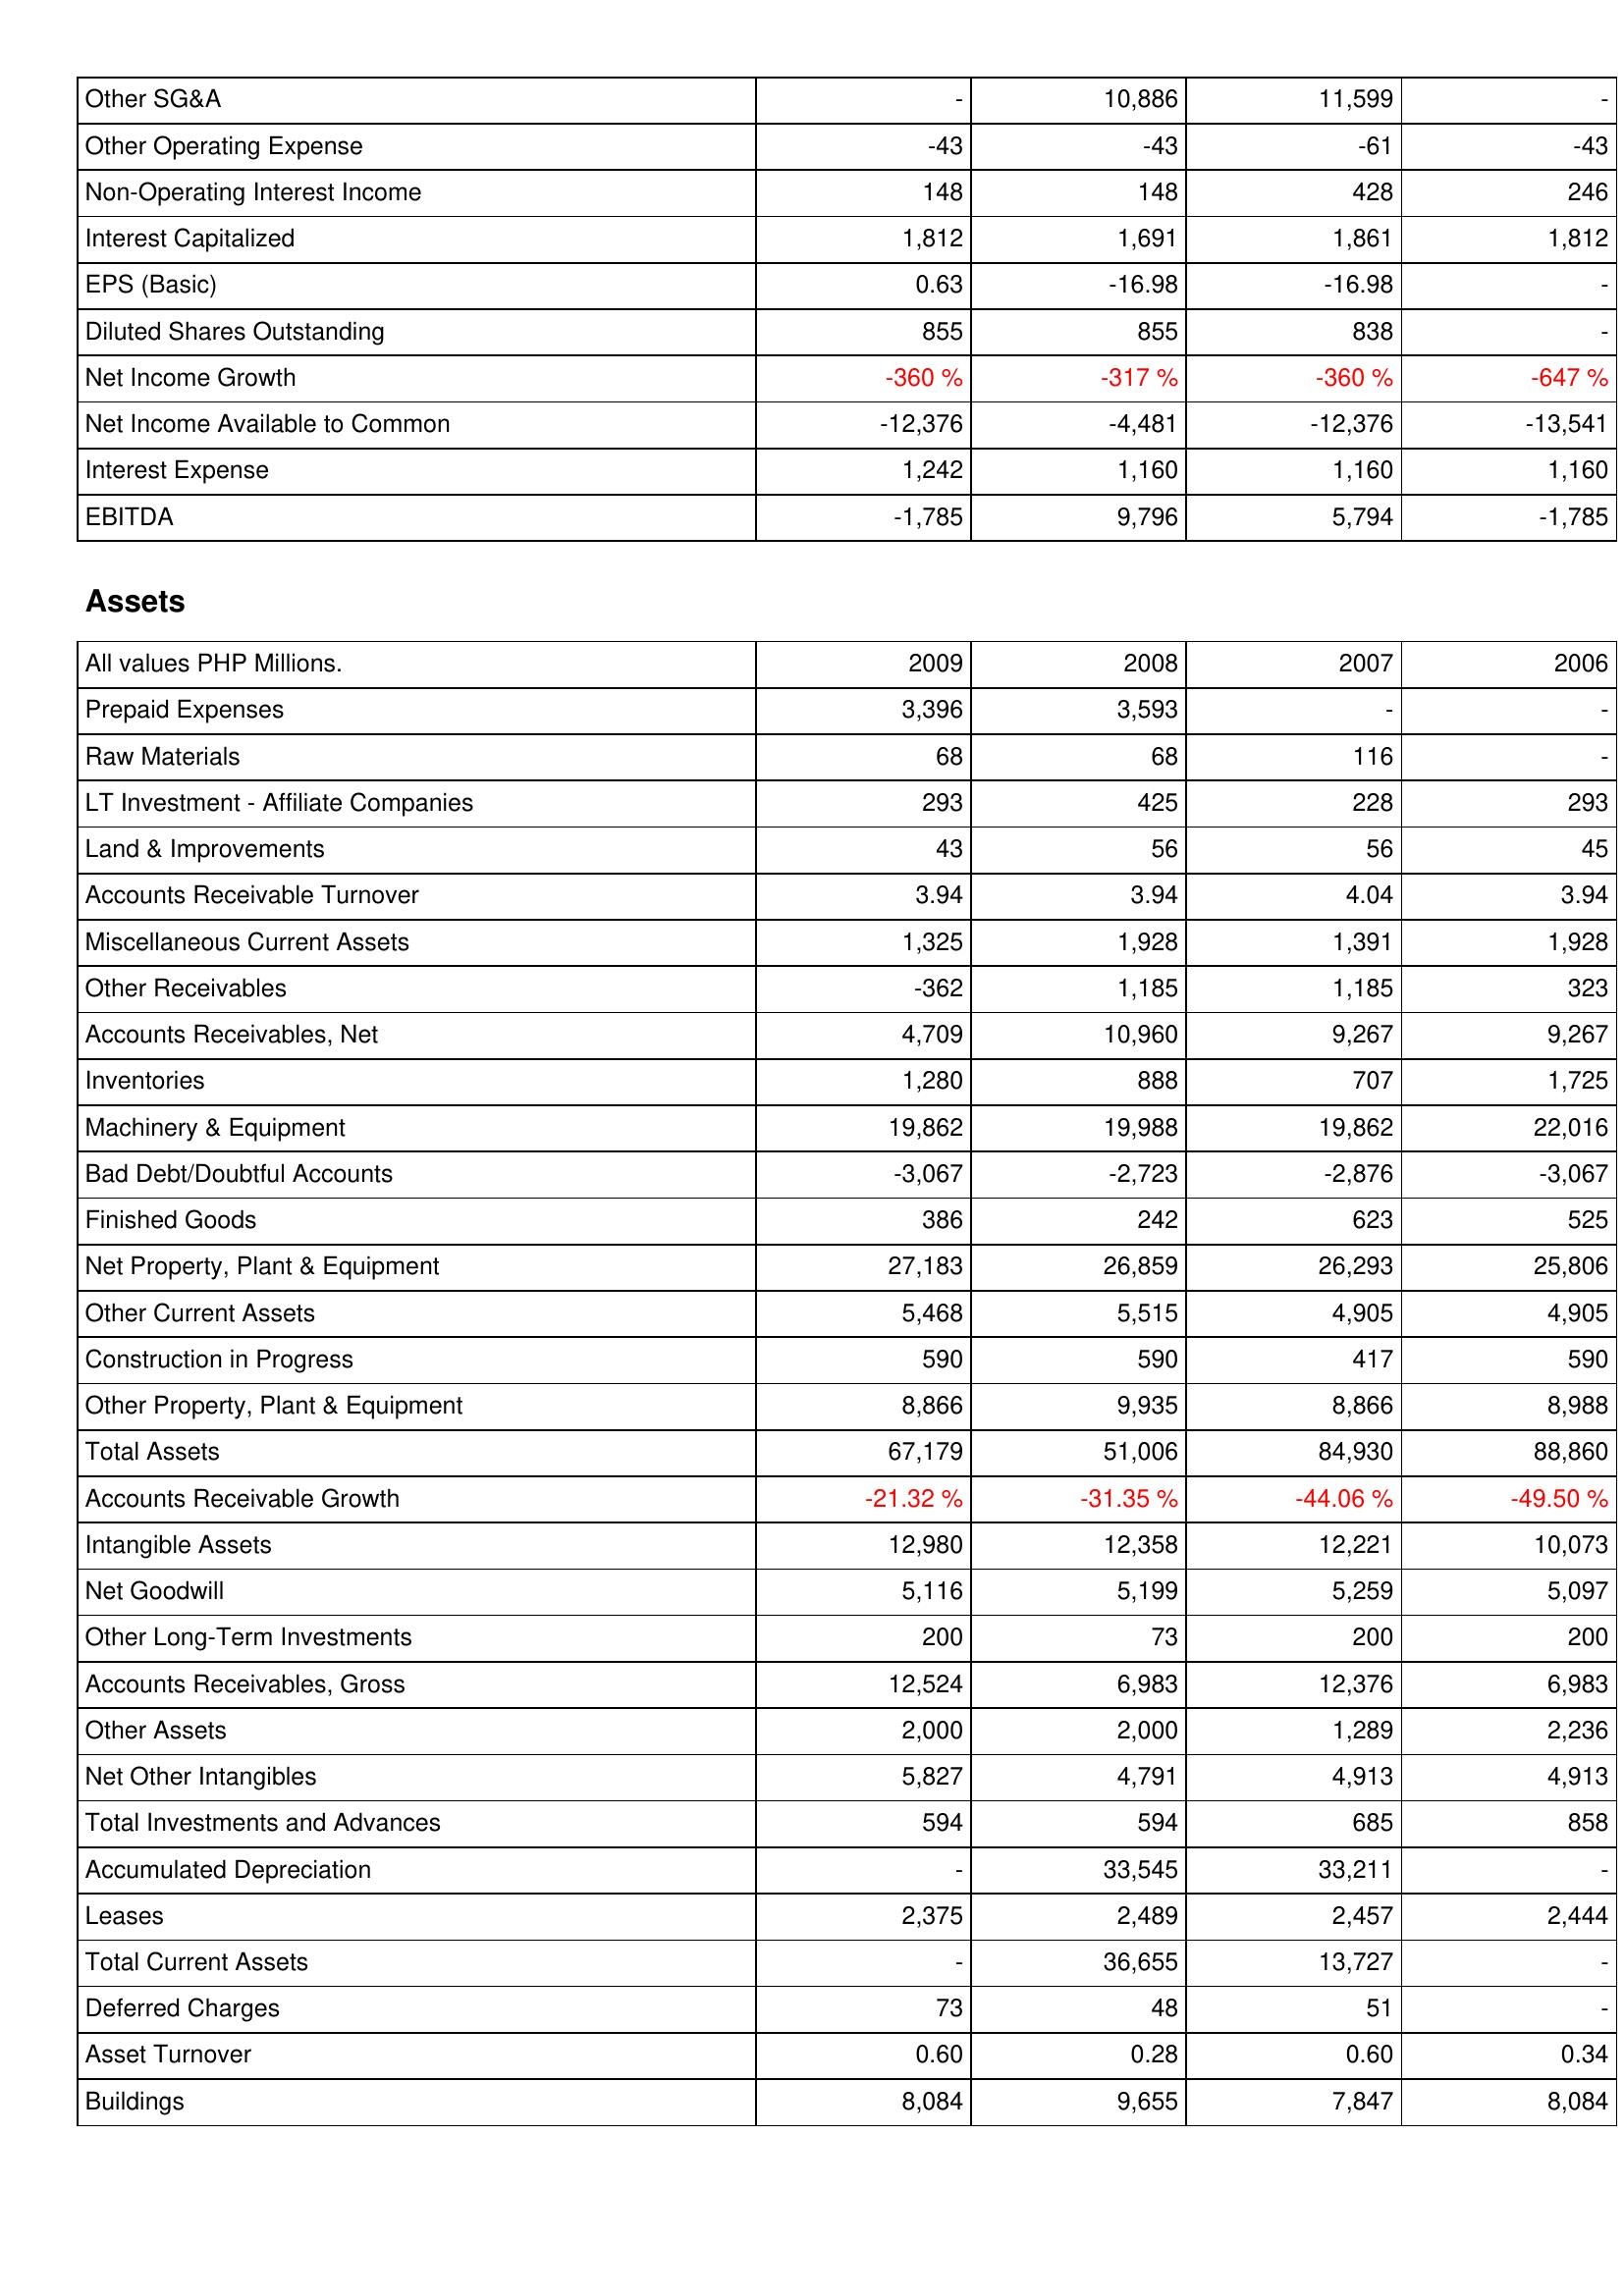
2009: Income Statement: Other SG&A: -
Other Operating Expense: -43
Non-Operating Interest Income: 148
Interest Capitalized: 1,812
EPS (Basic): 0.63
Diluted Shares Outstanding: 855
Net Income Growth: -360 %
Net Income Available to Common: -12,376
Interest Expense: 1,242
EBITDA: -1,785
Assets: Prepaid Expenses: 3,396
Raw Materials: 68
LT Investment - Affiliate Companies: 293
Land & Improvements: 43
Accounts Receivable Turnover: 3.94
Miscellaneous Current Assets: 1,325
Other Receivables: -362
Accounts Receivables, Net: 4,709
Inventories: 1,280
Machinery & Equipment: 19,862
Bad Debt/Doubtful Accounts: -3,067
Finished Goods: 386
Net Property, Plant & Equipment: 27,183
Other Current Assets: 5,468
Construction in Progress: 590
Other Property, Plant & Equipment: 8,866
Total Assets: 67,179
Accounts Receivable Growth: -21.32 %
Intangible Assets: 12,980
Net Goodwill: 5,116
Other Long-Term Investments: 200
Accounts Receivables, Gross: 12,524
Other Assets: 2,000
Net Other Intangibles: 5,827
Total Investments and Advances: 594
Accumulated Depreciation: -
Leases: 2,375
Total Current Assets: -
Deferred Charges: 73
Asset Turnover: 0.60
Buildings: 8,084
2008: Income Statement: Other SG&A: 10,886
Other Operating Expense: -43
Non-Operating Interest Income: 148
Interest Capitalized: 1,691
EPS (Basic): -16.98
Diluted Shares Outstanding: 855
Net Income Growth: -317 %
Net Income Available to Common: -4,481
Interest Expense: 1,160
EBITDA: 9,796
Assets: Prepaid Expenses: 3,593
Raw Materials: 68
LT Investment - Affiliate Companies: 425
Land & Improvements: 56
Accounts Receivable Turnover: 3.94
Miscellaneous Current Assets: 1,928
Other Receivables: 1,185
Accounts Receivables, Net: 10,960
Inventories: 888
Machinery & Equipment: 19,988
Bad Debt/Doubtful Accounts: -2,723
Finished Goods: 242
Net Property, Plant & Equipment: 26,859
Other Current Assets: 5,515
Construction in Progress: 590
Other Property, Plant & Equipment: 9,935
Total Assets: 51,006
Accounts Receivable Growth: -31.35 %
Intangible Assets: 12,358
Net Goodwill: 5,199
Other Long-Term Investments: 73
Accounts Receivables, Gross: 6,983
Other Assets: 2,000
Net Other Intangibles: 4,791
Total Investments and Advances: 594
Accumulated Depreciation: 33,545
Leases: 2,489
Total Current Assets: 36,655
Deferred Charges: 48
Asset Turnover: 0.28
Buildings: 9,655
2007: Income Statement: Other SG&A: 11,599
Other Operating Expense: -61
Non-Operating Interest Income: 428
Interest Capitalized: 1,861
EPS (Basic): -16.98
Diluted Shares Outstanding: 838
Net Income Growth: -360 %
Net Income Available to Common: -12,376
Interest Expense: 1,160
EBITDA: 5,794
Assets: Prepaid Expenses: -
Raw Materials: 116
LT Investment - Affiliate Companies: 228
Land & Improvements: 56
Accounts Receivable Turnover: 4.04
Miscellaneous Current Assets: 1,391
Other Receivables: 1,185
Accounts Receivables, Net: 9,267
Inventories: 707
Machinery & Equipment: 19,862
Bad Debt/Doubtful Accounts: -2,876
Finished Goods: 623
Net Property, Plant & Equipment: 26,293
Other Current Assets: 4,905
Construction in Progress: 417
Other Property, Plant & Equipment: 8,866
Total Assets: 84,930
Accounts Receivable Growth: -44.06 %
Intangible Assets: 12,221
Net Goodwill: 5,259
Other Long-Term Investments: 200
Accounts Receivables, Gross: 12,376
Other Assets: 1,289
Net Other Intangibles: 4,913
Total Investments and Advances: 685
Accumulated Depreciation: 33,211
Leases: 2,457
Total Current Assets: 13,727
Deferred Charges: 51
Asset Turnover: 0.60
Buildings: 7,847
2006: Income Statement: Other SG&A: -
Other Operating Expense: -43
Non-Operating Interest Income: 246
Interest Capitalized: 1,812
EPS (Basic): -
Diluted Shares Outstanding: -
Net Income Growth: -647 %
Net Income Available to Common: -13,541
Interest Expense: 1,160
EBITDA: -1,785
Assets: Prepaid Expenses: -
Raw Materials: -
LT Investment - Affiliate Companies: 293
Land & Improvements: 45
Accounts Receivable Turnover: 3.94
Miscellaneous Current Assets: 1,928
Other Receivables: 323
Accounts Receivables, Net: 9,267
Inventories: 1,725
Machinery & Equipment: 22,016
Bad Debt/Doubtful Accounts: -3,067
Finished Goods: 525
Net Property, Plant & Equipment: 25,806
Other Current Assets: 4,905
Construction in Progress: 590
Other Property, Plant & Equipment: 8,988
Total Assets: 88,860
Accounts Receivable Growth: -49.50 %
Intangible Assets: 10,073
Net Goodwill: 5,097
Other Long-Term Investments: 200
Accounts Receivables, Gross: 6,983
Other Assets: 2,236
Net Other Intangibles: 4,913
Total Investments and Advances: 858
Accumulated Depreciation: -
Leases: 2,444
Total Current Assets: -
Deferred Charges: -
Asset Turnover: 0.34
Buildings: 8,084